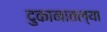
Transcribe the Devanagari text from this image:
दुकानातल्या